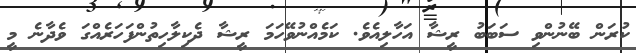
ކުރަން ބޭނުންވި ސަބަބު ރީޝާ އަހާލިއެވެ. ކަމެއްނުވޭހަމަ ރީޝާ ދެކިލާހިތުންފަހަރެއްގަ ވެދާނެ މީ